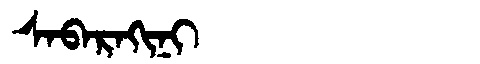
Manchu: ᠰᠠᠪᠠᡵᠠᡴᡳᠨᡳ
Romanization: SABARAKINI